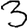
Digit: 3